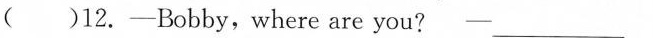
( )12.-Bobby,where are you? ---_____________